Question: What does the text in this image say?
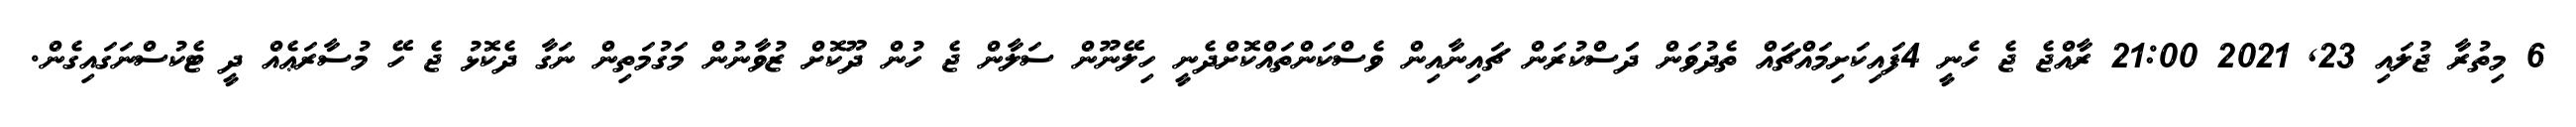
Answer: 6 މިތުރާ ޖުލައި 23, 2021 21:00 ރާއްޖެ ޖެ ހެނީ 4ފައިކަށިމައްޗައް ތެދުވަން ދަަސްކުރަން ޗައިނާއިން ވެސްކަންތައްކޮށްދެނީ ހިލޭނޫން ސަލާން ޖެ ހުން ދޫކޮށް ޒުވާނުން މަގުމަތިން ނަގާ ދެކޮޅު ޖެ ހޭ މުސާރަޢެއް ދީ ޓެކުސްނަގައިގެން.